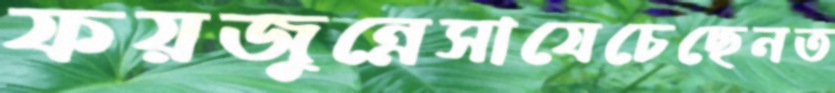
ফয়জুন্নেসাযেচেছেনত